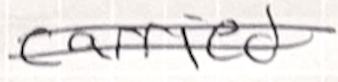
Text: carried
Cross-out: double-line
Writing tool: ballpoint